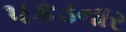
પકડનાર